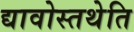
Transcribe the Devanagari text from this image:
द्यावोस्तथेति